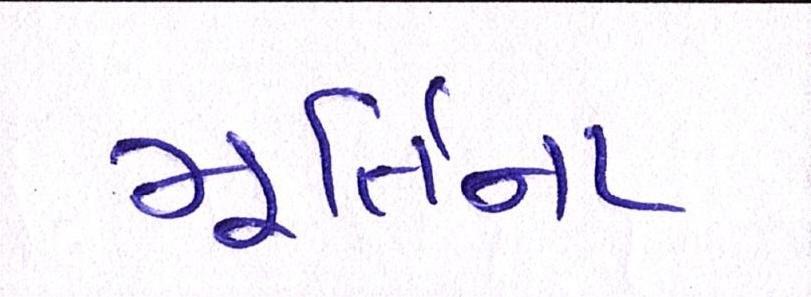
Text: મૂર્તિના